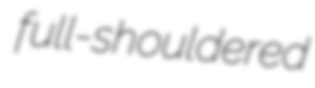
full-shouldered